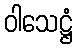
ဝါသေဋ္ဌံ